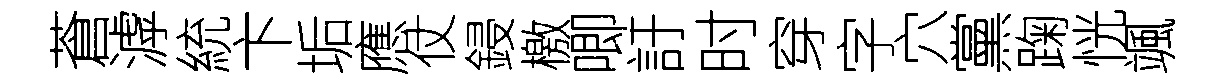
蒼滹統卞垢應仗鋟檄唧訏时穿字穴黨踘恍颯